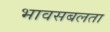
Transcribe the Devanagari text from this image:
भावसबलता